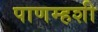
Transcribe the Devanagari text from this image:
पाणम्हशी